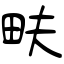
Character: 畉